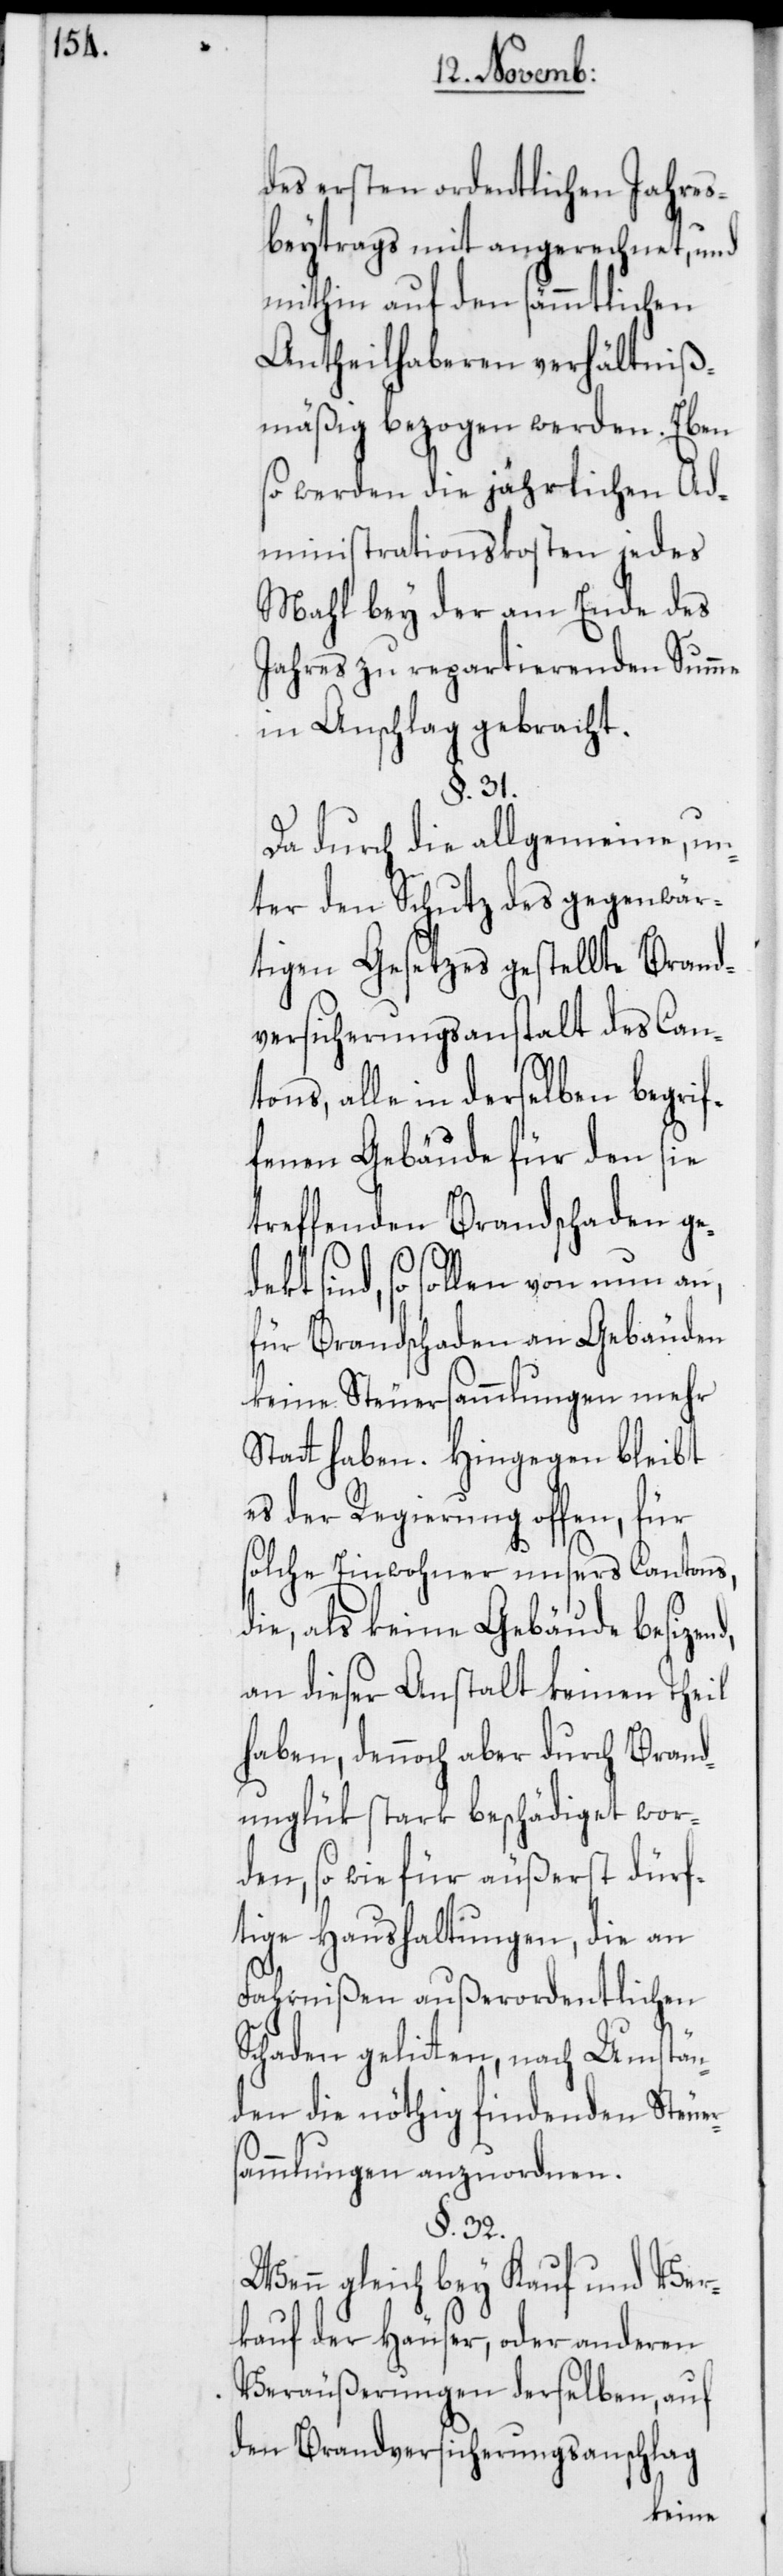
des ersten ordentlichen Jahres¬
beytrags mit angerechnet, und
mithin auf den sämmtlichen
Antheilhaberen verhältniß¬
mäßig bezogen werden. Eben
so werden die jährlichen Ad¬
ministrationskosten jedes
Mahl bey der am Ende des
Jahres zu reparierenden Summe
in Anschlag gebracht.
§. 31.
Da durch die allgemeine, un¬
ter den Schutz des gegenwär¬
tigen Gesetzes gestellte Brand¬
versicherungsanstalt des Can¬
tons, alle in derselben begrif¬
fenen Gebäude für den sie
treffenden Brandschaden ged¬
ekt sind, so sollen von nun an,
für Brandschaden an Gebäuden
keine Steuersammlungen mehr
Statt haben. Hingegen bleibt
es der Regierung offen, für
solche Einwohner unsers Cantons,
die, als keine Gebäude
an dieser Anstalt keinen Theil
haben, dennoch aber durch Brand¬
unglük stark beschädiget wor¬
den, so wie für äußerst dürf¬
tige Haushaltungen, die an
Fahrnißen außerordentlichen
Schaden gelitten, nach Umstän¬
den die nöthig findenden Steuer¬
sammlungen anzuordnen.
§. 32.
Wenn gleich bey Kauf und Ver¬
kauf der Häuser, oder anderen
Veräußerungen derselben, auf
den Brandversicherungsanschlag